Annual report on the lock hospitals of the Madras Presidency
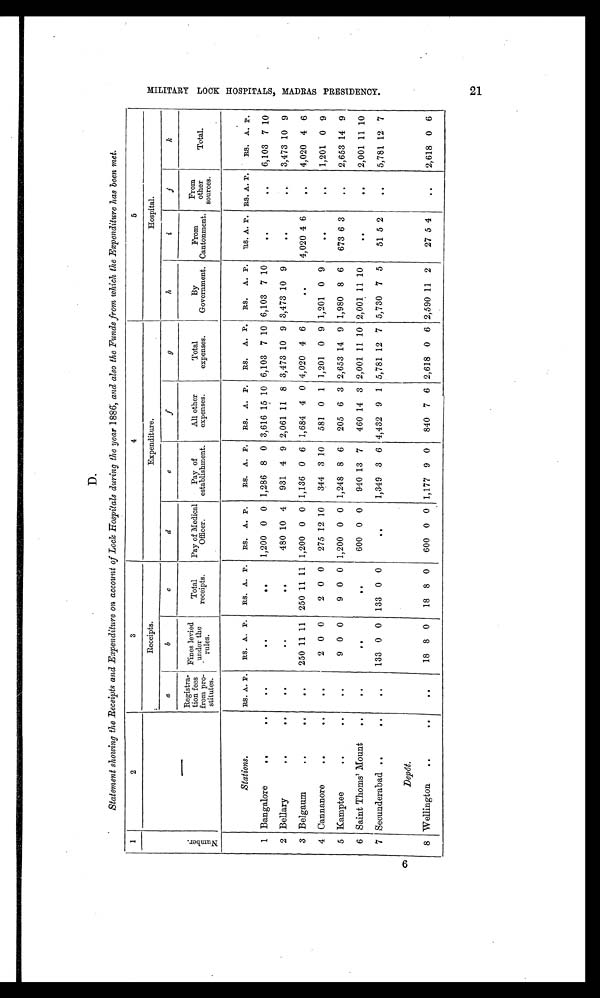
D.
Statement showing the Receipts and Expenditure on account of Lock Hospitals` during the year 1886, and also the Funds from which the Expenditure has been met.
1
2
3
4
5
N u m b e r .
Receipts.
Expenditure.
Hospital.
a
b
c
d
e f
g
h
i
j
k
Registra-
tion fees
from pro-
stitutes.
Fines levie
under the
rules.
Total
receipts.
Pay of Medical
Officer.
Pay of
establishment.
All other
expenses.
Total
expenses.
By
Government.
From
Cantonment.
From
other
sources.
Total.
Stations.
RS. A. P. RS. A. P. RS. A. P. RS. A. P.
RS. A. P. RS. A. P. RS. A. P. RS. A. P. RS. A. P. RS. A. P. RS. A. P.
1 Bangalore
..
. .
..
. .
. .
1,200 0 0 1,286 8 0 3,616 15 10 6,103 7 10 6,103 7 10
..
. .
6,103 7 10
2 Bellary
..
. .
..
. .
. .
480 10 4 931 4 9 2,061 11 8 3,473 10 9 3,473 10 9
..
. .
3,473 10 9
3 Belgaum
. .
. .
..
250 11 11 250 11 11 1,200 0 0 1,136 0 6 1,684 4 0 4,020 4 6
..
4,020 4 6
. . 4,020 4 6
4 Cannanore
..
. .
..
2 0 0
2 0 0 275 12 10 344 3 10 581 0 1 1,201 0 9 1,201 0 9
..
. .
1,201 0 9
5 Kamptee
. .
. .
..
9 0 0
9 0 0 1,200 0 0 1,248 8 6 205 6 3 2,653 14 9 1,980 8 6 673 6 3
..
2,653 14 9
6 Saint Thoms' Mount ..
..
..
. .
600 0 0 940 13 7 460 14 3 2,001 11 10 2,001 11 10
..
..
2,001 11 10
7 Secunderabad ..
..
..
133 0 0 133 0 0
. .
1,349 3 6 4,432 9 1 5,781 12 7 5,730 7 5
51 5 2
. .
5,781 12 7
Depôt.
8 Wellington ..
. .
..
18 8 0 18 8 0 600 0 0 1,177 9 0 840 7 6 2,618 0 6 2,590 11 2
27 5 4
..
2,618 0 6
M I L I T A R Y L O C K H O S P I T A L S , M A D R A S P R E S I D E N C Y .